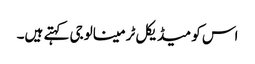
اس کو میڈیکل ٹرمینالوجی کہتے ہیں۔